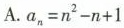
A.$$a_{n}=n^{2}-n+1$$